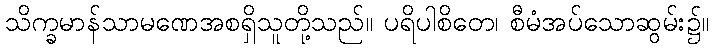
သိက္ခမာန်သာမဏေအစရှိသူတို့သည်။ ပရိပါစိတေ၊ စီမံအပ်သောဆွမ်း၌။